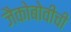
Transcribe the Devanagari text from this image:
जैकोबोवीची